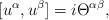
LaTeX: \begin{align*}\lbrack u^{\alpha },u^{\beta }]=i\Theta ^{\alpha \beta }, \end{align*}